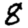
Digit: 8